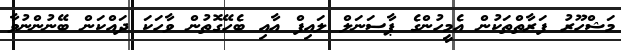
މަޝްހޫރު ފަރާތްތަކުން އެމީހުންގެ ޕާސަނަލް ލައިފް އާއި ބެހޭގޮތުން ވާހަކަ ދައްކަން ބޭނުންނުވާ